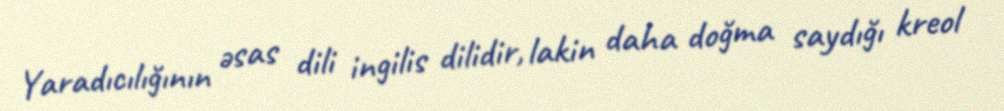
Yaradıcılığının əsas dili ingilis dilidir, lakin daha doğma saydığı kreol